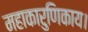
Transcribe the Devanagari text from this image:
महाकारुणिकाय।